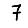
Digit: 7